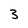
Character: 3